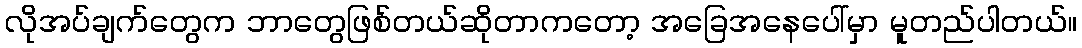
လိုအပ်ချက်တွေက ဘာတွေဖြစ်တယ်ဆိုတာကတော့ အခြေအနေပေါ်မှာ မူတည်ပါတယ်။